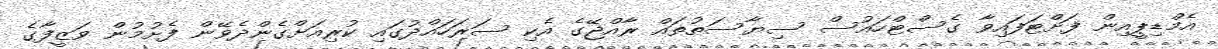
އެމްޑިޕީއިން ފަށްޓަފައިވާ ގެސްޓްހައުސް ސިޔާސަތުތައް ރާއްޖޭގެ އެކި ސަރަހައްދުގައި ކުރިއަށްގެންދެވޭން ފެށުމުން ވަޒީފާގެ